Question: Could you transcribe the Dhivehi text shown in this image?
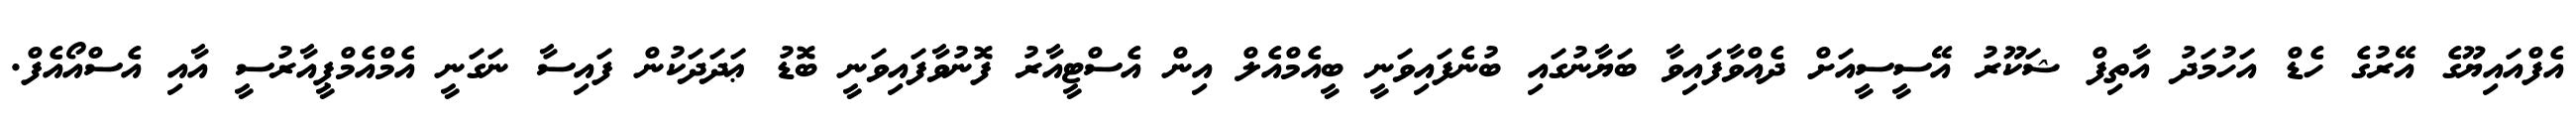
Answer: އެފްއައިޔޫގެ އޭރުގެ ހެޑް އަހުމަދު އާތިފް ޝަކޫރު އޭސީސީއަށް ދެއްވާފައިވާ ބަޔާނުގައި ބުނެފައިވަނީ ބީއެމްއެލް އިން އެސްޓީއާރު ފޮނުވާފައިވަނީ ބޮޑު ޢަދަދަކުން ފައިސާ ނަގަނީ އެމްއެމްޕީއާރުސީ އާއި އެސްއޯއެފް.